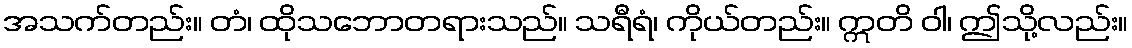
အသက်တည်း။ တံ၊ ထိုသဘောတရားသည်။ သရီရံ၊ ကိုယ်တည်း။ ဣတိ ဝါ၊ ဤသို့လည်း။